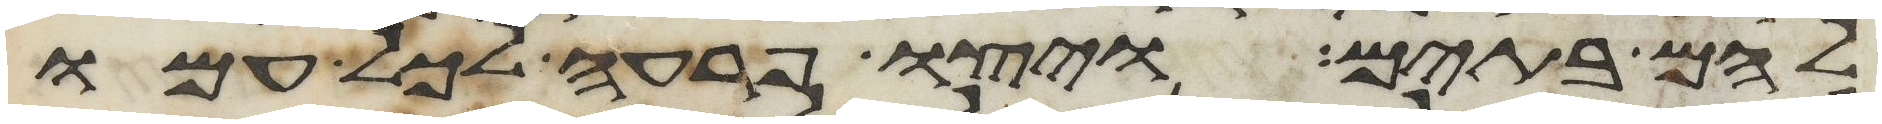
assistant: להם בתים ויצו פרעה לכל עמו